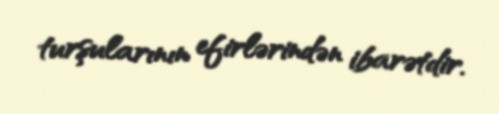
turşularının efirlərindən ibarətdir.